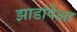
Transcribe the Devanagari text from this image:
झाडांपेक्षा